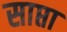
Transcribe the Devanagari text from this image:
साप्ता